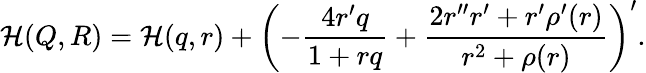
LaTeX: {\cal H}(Q,R)={\cal H}(q,r)+\left(-\frac{4r^{\prime}q}{1+rq}+\frac{2r^{\prime\prime}r^{\prime}+r^{\prime}\rho^{\prime}(r)}{r^{2}+\rho(r)}\right)^{\prime}.